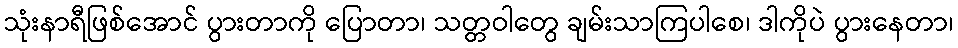
သုံးနာရီဖြစ်အောင် ပွားတာကို ပြောတာ၊ သတ္တဝါတွေ ချမ်းသာကြပါစေ၊ ဒါကိုပဲ ပွားနေတာ၊